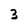
Character: 3